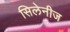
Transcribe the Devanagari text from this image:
सिलेनीज